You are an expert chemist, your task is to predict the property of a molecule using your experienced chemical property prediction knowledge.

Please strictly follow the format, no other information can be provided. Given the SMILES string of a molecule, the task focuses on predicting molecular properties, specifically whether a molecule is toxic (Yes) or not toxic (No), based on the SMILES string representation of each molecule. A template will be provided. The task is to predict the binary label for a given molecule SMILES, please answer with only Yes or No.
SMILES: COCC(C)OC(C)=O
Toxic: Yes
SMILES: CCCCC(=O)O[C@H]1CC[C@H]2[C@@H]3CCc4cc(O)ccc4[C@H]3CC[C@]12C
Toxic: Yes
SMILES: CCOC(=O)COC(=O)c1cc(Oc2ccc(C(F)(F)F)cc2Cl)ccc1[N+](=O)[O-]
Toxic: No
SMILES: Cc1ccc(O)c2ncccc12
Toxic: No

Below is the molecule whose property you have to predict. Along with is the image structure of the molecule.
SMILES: CCCCOC(=O)CC(CC(=O)OCCCC)(OC(C)=O)C(=O)OCCCC
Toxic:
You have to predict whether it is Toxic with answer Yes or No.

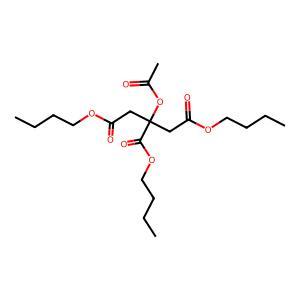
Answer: No